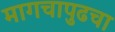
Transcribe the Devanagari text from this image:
मागचापुढचा